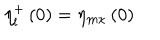
\eta _ { l } ^ { + } \left( 0 \right) = \eta _ { m \kappa } \left( 0 \right)